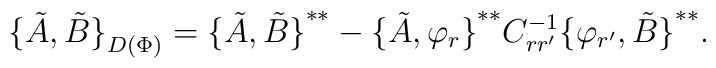
{\{\tilde A,\tilde B\}}_{D(\Phi)}={\{\tilde A,\tilde B\}}^{**}-{\{\tilde A,\varphi_r\}}^{**}C^{-1}_{rr^\prime}{\{\varphi_{r^\prime},\tilde B\}}^{**}.